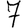
Digit: 7